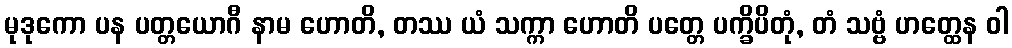
မုဒုကော ပန ပတ္တယောဂီ နာမ ဟောတိ, တဿ ယံ သက္ကာ ဟောတိ ပတ္တေ ပက္ခိပိတုံ, တံ သဗ္ဗံ ဟတ္ထေန ဝါ